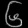
Digit: ၆